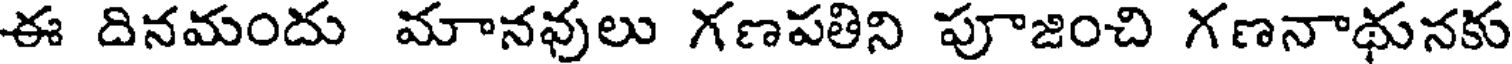
ఈ దినమందు మానవులు గణపతిని పూజించి గణనాథునకు